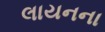
લાયનના